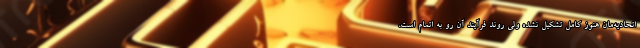
اتحادیه‌مان هنوز کامل تشکیل نشده ولی روند فرآیند آن رو به اتمام است،